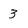
Character: 3